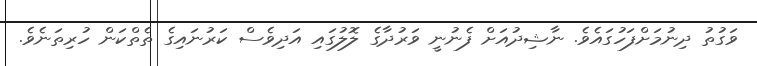
ވަގުތު ދިނުމަށްފަހުގައެވެ. ނާޝިދުއަށް ފެނުނީ ވަރުދާގެ ލޮލުގައި އަދިވެސް ކަރުނައިގެ ތެތްކަން ހުރިތަނެވެ.